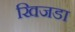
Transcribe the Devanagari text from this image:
खिजडा